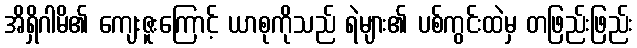
အိရှိဂါမိ၏ ကျေးဇူးကြောင့် ယာစုကိုသည် ရဲများ၏ ပစ်ကွင်းထဲမှ တဖြည်းဖြည်း